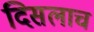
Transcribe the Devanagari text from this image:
दिसलाच